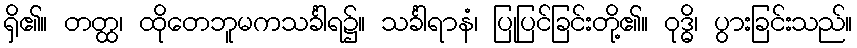
ရှိ၏။ တတ္ထ၊ ထိုတေဘူမကသင်္ခါရ၌။ သင်္ခါရာနံ၊ ပြုပြင်ခြင်းတို့၏။ ဝုဒ္ဓိ၊ ပွားခြင်းသည်။